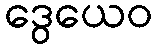
ဒွေယေဝ